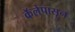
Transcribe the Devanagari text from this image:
कॅलेपासून